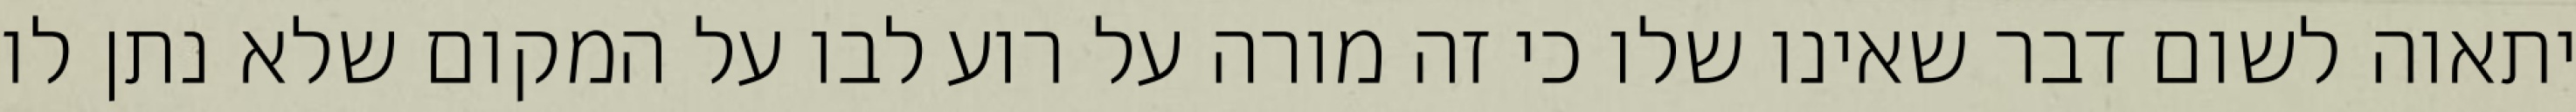
יתאוה לשום דבר שאינו שלו כי זה מורה על רוע לבו על המקום שלא נתן לו